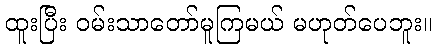
ထူးပြီး ဝမ်းသာတော်မူကြမယ် မဟုတ်ပေဘူး။